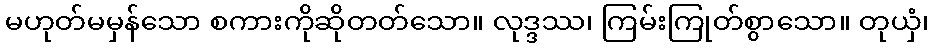
မဟုတ်မမှန်သော စကားကိုဆိုတတ်သော။ လုဒ္ဒဿ၊ ကြမ်းကြုတ်စွာသော။ တုယှံ၊